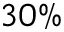
3 0 \%